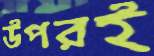
উপরই